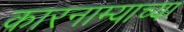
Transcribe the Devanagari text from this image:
कारनाम्याच्या